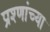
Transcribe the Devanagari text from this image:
प्रश्णांच्या